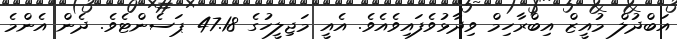
އަބްދުލް މުއީޒް އިބްރާހިމް ވިދާޅުވެފައިވެއެވެ. އެއީ މަޖިލީހުގެ 47.18 ޕަސެންޓެވެ. ދެން އެންމެ